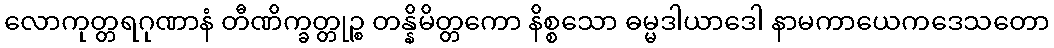
လောကုတ္တရဂုဏာနံ တီဏိက္ခတ္တုဉ္စ တန္နိမိတ္တကော နိစ္စသော ဓမ္မဒါယာဒေါ နာမကာယေကဒေသတော